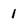
Character: 1